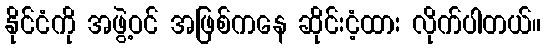
နိုင်ငံကို အဖွဲ့ဝင် အဖြစ်ကနေ ဆိုင်းငံ့ထား လိုက်ပါတယ်။